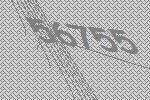
56755